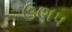
ઉણપ